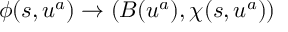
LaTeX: \phi ( s , u ^ { a } ) \rightarrow \left( B ( u ^ { a } ) , \chi ( s , u ^ { a } ) \right)